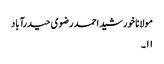
مولانا خورشید احمد رضوی حیدرآباد
۱۱۔